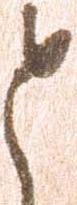
と